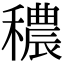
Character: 穠